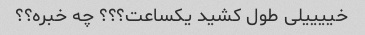
خییییلی طول کشید یکساعت؟؟؟ چه خبره؟؟